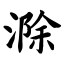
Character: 滁